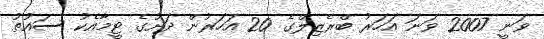
ވަނީ 2007 ވަނަ އަހަރު ބްރެޒިލްގެ 20 އަހަރުން ދަށުގެ ޓީމާއެކު ސައުތު